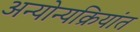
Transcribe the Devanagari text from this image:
अन्योन्यक्रियांत